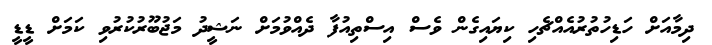
ދިމާއަށް ހަޑިހުތުރުއެއްޗެހި ކިޔައިގެން ވެސް އިސްތިއުފާ ދެއްވުމަށް ނަޝީދު މަޖުބޫރުކުރުވި ކަމަށް ޑީޑީ